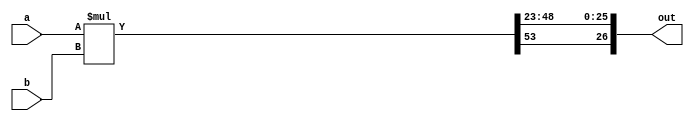
`timescale 1ns / 1ps


module signed_mult #(
    parameter N = 4,
    parameter M = 23
    )
    (
	input 	signed	[N+M-1:0] 	a,
	input 	signed	[N+M-1:0] 	b,
    output 	signed  [N+M-1:0]	out
    );
	// intermediate full bit length
	wire 	signed	[(N+M)*2-1:0]	mult_out;
	assign mult_out = a * b;
	// select bits for N.M fixed point
	assign out = {mult_out[(N+M)*2-1], mult_out[ M  + (M + N - 2): M]};
endmodule




module mult_tb;

	wire [26:0] a;
	wire [26:0] b;
	wire [26:0] out;
	//signed_mult #(5, 22) uut(
	//		.a(a),
	//		.b(b),
	//		.out(out)
	//);

	
	assign a = 27'b11110_1100110011001100110100; //0.875
	assign b = 27'b11100_1111001100110011001101; //1.5

	

endmodule